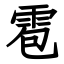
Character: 雹